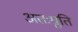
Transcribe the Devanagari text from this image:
अतःश्रुति